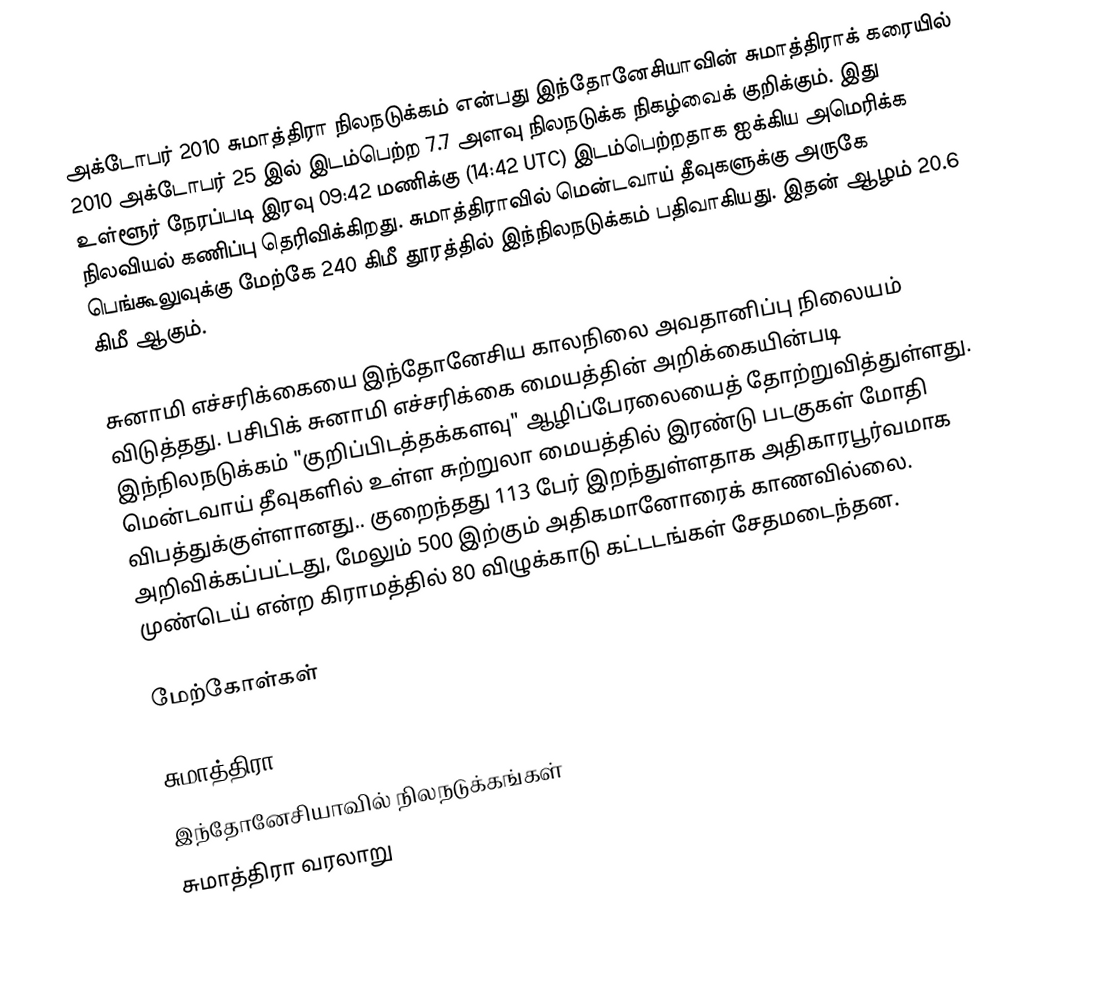
அக்டோபர் 2010 சுமாத்திரா நிலநடுக்கம் என்பது இந்தோனேசியாவின் சுமாத்திராக் கரையில் 2010 அக்டோபர் 25 இல் இடம்பெற்ற 7.7 அளவு நிலநடுக்க நிகழ்வைக் குறிக்கும். இது உள்ளூர் நேரப்படி இரவு 09:42 மணிக்கு (14:42 UTC) இடம்பெற்றதாக ஐக்கிய அமெரிக்க நிலவியல் கணிப்பு தெரிவிக்கிறது. சுமாத்திராவில் மென்டவாய் தீவுகளுக்கு அருகே பெங்கூலுவுக்கு மேற்கே 240 கிமீ தூரத்தில் இந்நிலநடுக்கம் பதிவாகியது. இதன் ஆழம் 20.6 கிமீ ஆகும்.

சுனாமி எச்சரிக்கையை இந்தோனேசிய காலநிலை அவதானிப்பு நிலையம் விடுத்தது. பசிபிக் சுனாமி எச்சரிக்கை மையத்தின் அறிக்கையின்படி இந்நிலநடுக்கம் "குறிப்பிடத்தக்களவு" ஆழிப்பேரலையைத் தோற்றுவித்துள்ளது. மென்டவாய் தீவுகளில் உள்ள சுற்றுலா மையத்தில் இரண்டு படகுகள் மோதி விபத்துக்குள்ளானது.. குறைந்தது 113 பேர் இறந்துள்ளதாக அதிகாரபூர்வமாக அறிவிக்கப்பட்டது, மேலும் 500 இற்கும் அதிகமானோரைக் காணவில்லை. முண்டெய் என்ற கிராமத்தில் 80 விழுக்காடு கட்டடங்கள் சேதமடைந்தன.

மேற்கோள்கள்

சுமாத்திரா
இந்தோனேசியாவில் நிலநடுக்கங்கள்
சுமாத்திரா வரலாறு